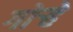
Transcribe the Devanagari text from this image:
गोऱ्हे